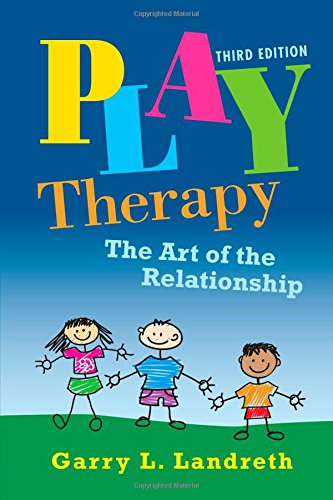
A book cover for Play Therapy: The Art of the Relationship; Garry L. Landreth; Medical Books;